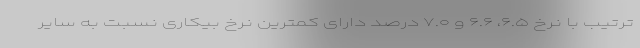
ترتیب با نرخ ۶.۵، ۶.۶ و ۷.۰ درصد دارای کمترین نرخ بیکاری نسبت به سایر